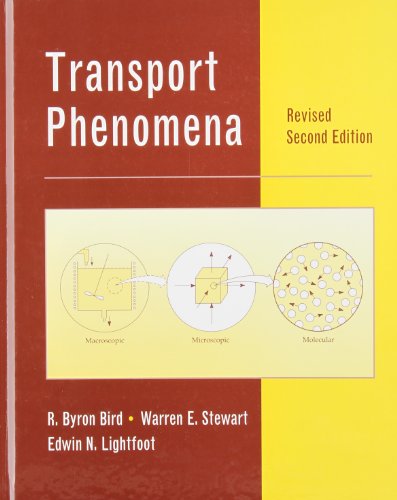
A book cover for Transport Phenomena, Revised 2nd Edition; R. Byron Bird; Engineering & Transportation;